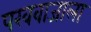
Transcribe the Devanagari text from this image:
पखवाजाला